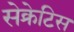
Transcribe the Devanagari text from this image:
सेक्रेटिस